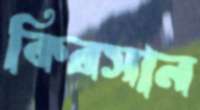
কিরসান